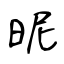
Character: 昵